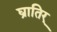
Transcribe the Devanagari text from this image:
घ्रातिर्